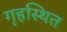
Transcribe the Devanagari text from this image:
गृहस्थित